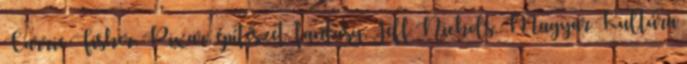
Carrie Fisher, Pixar, építészet, fantasy, Jeff Nichols, Magyar Kultúra